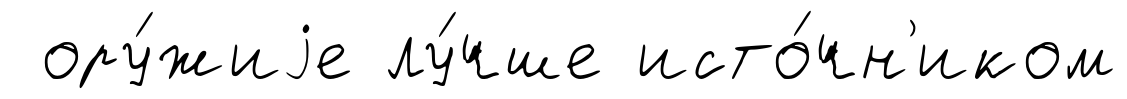
ору́жиjе лу́чше исто́чн'иком